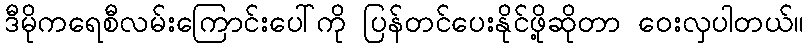
ဒီမိုကရေစီလမ်းကြောင်းပေါ်ကို ပြန်တင်ပေးနိုင်ဖို့ဆိုတာ ဝေးလှပါတယ်။